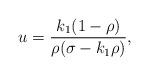
LaTeX: \begin{align*}u_{}=\frac{k_1(1-\rho)}{\rho(\sigma-k_1\rho)},\end{align*}